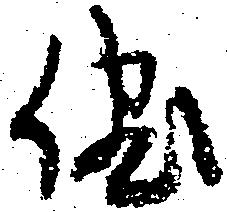
儘